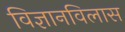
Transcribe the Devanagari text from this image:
विज्ञानविलास